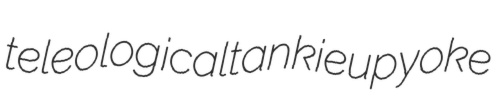
teleological tankie upyoke